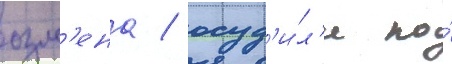
озм'ена / осуд'и́л'и по́